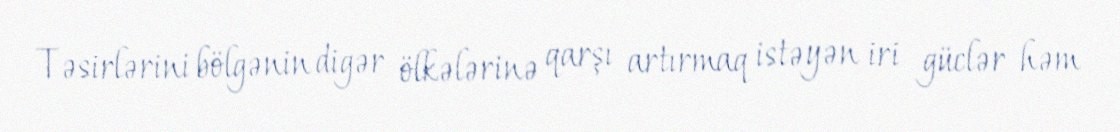
Təsirlərini bölgənin digər ölkələrinə qarşı artırmaq istəyən iri güclər həm